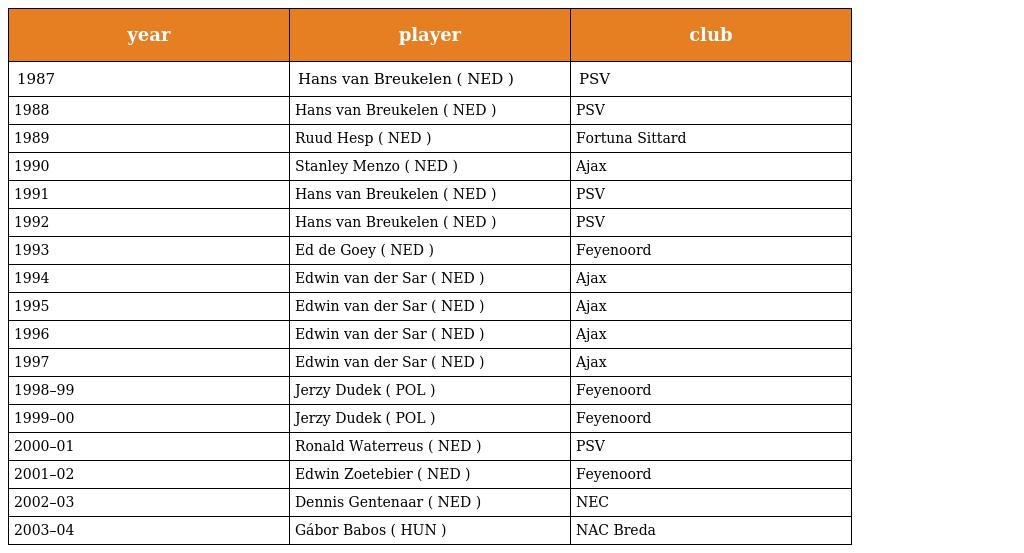
| year | player | club |
 | --- | --- | --- |
 | 1987 | Hans van Breukelen ( NED ) | PSV |
 | 1988 | Hans van Breukelen ( NED ) | PSV |
 | 1989 | Ruud Hesp ( NED ) | Fortuna Sittard |
 | 1990 | Stanley Menzo ( NED ) | Ajax |
 | 1991 | Hans van Breukelen ( NED ) | PSV |
 | 1992 | Hans van Breukelen ( NED ) | PSV |
 | 1993 | Ed de Goey ( NED ) | Feyenoord |
 | 1994 | Edwin van der Sar ( NED ) | Ajax |
 | 1995 | Edwin van der Sar ( NED ) | Ajax |
 | 1996 | Edwin van der Sar ( NED ) | Ajax |
 | 1997 | Edwin van der Sar ( NED ) | Ajax |
 | 1998–99 | Jerzy Dudek ( POL ) | Feyenoord |
 | 1999–00 | Jerzy Dudek ( POL ) | Feyenoord |
 | 2000–01 | Ronald Waterreus ( NED ) | PSV |
 | 2001–02 | Edwin Zoetebier ( NED ) | Feyenoord |
 | 2002–03 | Dennis Gentenaar ( NED ) | NEC |
 | 2003–04 | Gábor Babos ( HUN ) | NAC Breda |